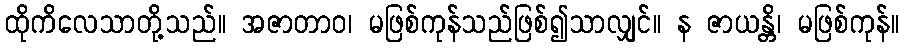
ထိုကိလေသာတို့သည်။ အဇာတာဝ၊ မဖြစ်ကုန်သည်ဖြစ်၍သာလျှင်။ န ဇာယန္တိ၊ မဖြစ်ကုန်။